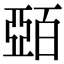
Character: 𫡷